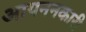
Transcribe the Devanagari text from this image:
आयननकारी